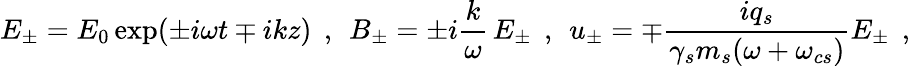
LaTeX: E_{\pm}=E_{0}\exp(\pm i\omega t\mp ikz)\, \; ,\, \; B_{\pm}=\pm i\frac{k}{\omega}\, E_{\pm}\, \; ,\, \; u_{\pm}=\mp\frac{iq_{s}}{\gamma_{s}m_{s}(\omega+\omega_{cs})}E_{\pm}\; \, ,